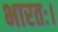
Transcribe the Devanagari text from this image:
भारतः।